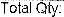
TOTAL QTY: